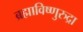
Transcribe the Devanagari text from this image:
ब्रह्माविष्णुरुद्रा